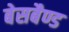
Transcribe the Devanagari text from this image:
बेसबैण्ड